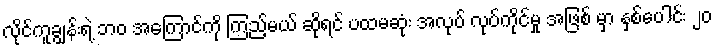
လိုင်ကူချွန်းရဲ့ ဘ၀ အကြောင်ကို ကြည့်မယ် ဆိုရင် ပထမဆုံး အလုပ် လုပ်ကိုင်မှု အဖြစ် မှာ နှစ်ပေါင်း ၂၀